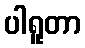
ပါရူတာ